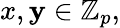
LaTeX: x,\mathbf{y}\in\mathbb{{Z}}_{p},